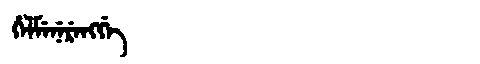
Manchu: ᡥᡝᠯᠮᡝᠨᡝᡵᡝᠩᡤᡝ
Romanization: HELMENERENGGE